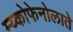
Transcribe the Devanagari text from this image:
म्य्कोफेनोलाते